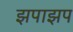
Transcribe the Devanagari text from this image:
झपाझप